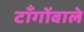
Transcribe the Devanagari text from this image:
टाँगोंवाले